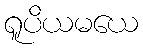
ရူပိယမယေ